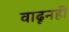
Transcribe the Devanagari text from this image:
वाढूनही